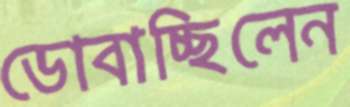
ডোবাচ্ছিলেন